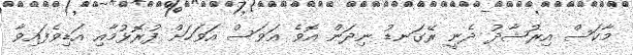
މާކަސް އިރުޝާދު ދެނީ ރޭގަނޑު ނިދަން އޮވެ އަވަސް އަވަހަށް ފުރޮޅުމާއި އަޑިވެފައިވާ